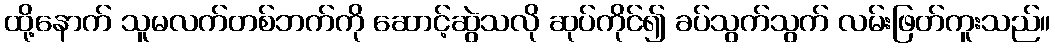
ထို့နောက် သူမလက်တစ်ဘက်ကို ဆောင့်ဆွဲသလို ဆုပ်ကိုင်၍ ခပ်သွက်သွက် လမ်းဖြတ်ကူးသည်။